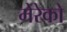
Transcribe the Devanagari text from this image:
मेरेको